Vaccination in Bombay 1856-1862 - 1856-1862
Year: 1856
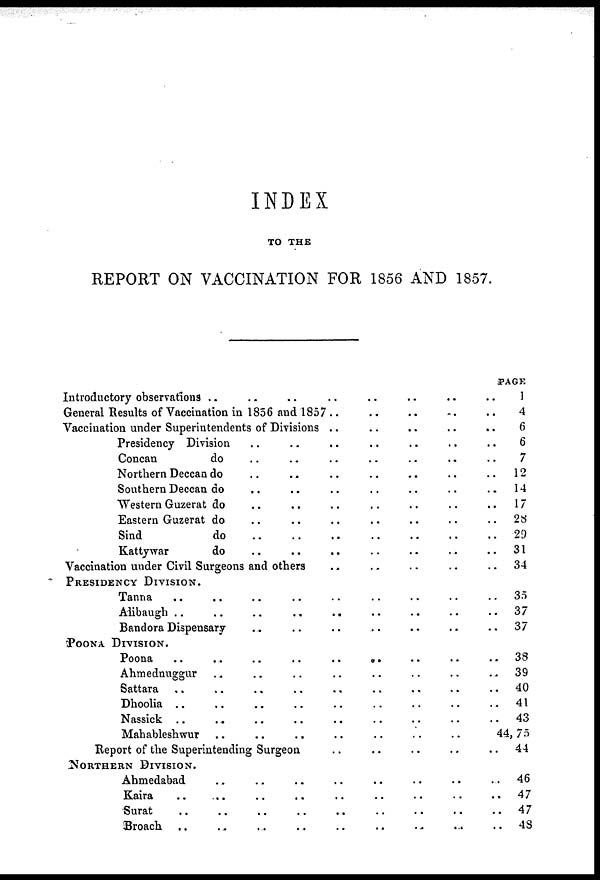
INDEX
TO THE
REPORT ON VACCINATION FOR 1856 AND 1857.
Introductory observations .. .. .. .. .. .. .. ..
General Results of Vaccination in 1856 and 1857 .. .. .. .. ..
Vaccination under Superintendents of Divisions .. .. .. .. ..
Presidency Division .. .. .. .. .. .. ..
Concan
do .. .. .. .. .. .. ..
Northern Deccan do .. .. .. .. .. .. ..
Southern Deccan do .. .. .. .. .. .. ..
Western Guzerat do .. .. .. .. .. .. ..
Eastern Guzerat do .. .. .. .. .. .. ..
Sind
do .. .. .. .. .. .. ..
Kattywar
do .. .. .. .. .. .. ..
Vaccination under Civil Surgeons and others .. .. .. .. ..
PRESIDENCY DIVISION.
Tanna .. .. .. .. .. .. .. .. ..
Alibaugh ..
..
..
.. .. .. .. .. ..
Bandora Dispensary .. .. .. .. .. .. ..
POONA DIVISION.
Poona
..
..
..
..
..
.. .. .. ..
Ahmednuggur .. .. .. .. .. .. .. ..
Sattara .. .. .. .. .. .. .. .. ..
Dhoolia .. .. .. .. .. .. .. .. ..
Nassick .. .. .. .. .. .. .. .. ..
Mahableshwur .. .. .. .. .. .. ..
Report of the Superintending Surgeon .. .. .. .. ..
NORTHERN DIVISION.
Ahmedabad .. .. .. .. .. .. .. ..
Kaira .. .. .. .. .. .. .. .. ..
Surat .. .. .. .. .. .. .. .. ..
Broach .. .. .. .. .. .. .. .. ..
PAGE
1
4
6
6
7
12
14
17
28
29
31
34
35
37
37
38
39
40
41
43
44, 75
44
46
47
47
48